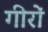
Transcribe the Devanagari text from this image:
गीरों